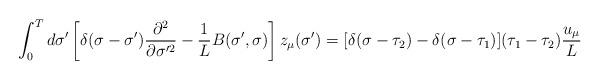
LaTeX: \begin{align*}\int_0^Td\sigma'\left[\delta(\sigma-\sigma')\frac{\partial^2}{\partial \sigma'^2}-{1\over L}B(\sigma',\sigma)\right]z_\mu(\sigma')= [\delta(\sigma-\tau_2)-\delta(\sigma-\tau_1)](\tau_1-\tau_2)\frac{u_\mu}{L}\end{align*}